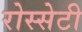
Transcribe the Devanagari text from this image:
रोस्सेटी